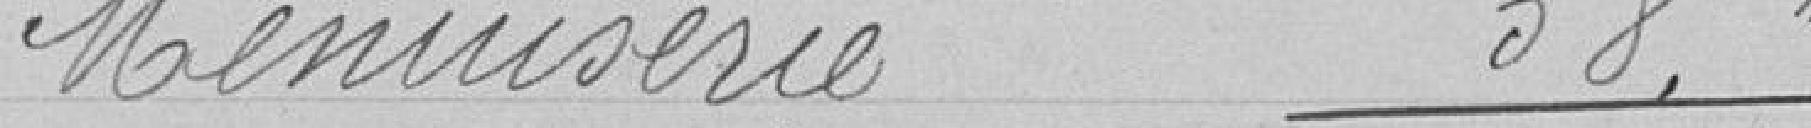
Menuiserie 58 francs